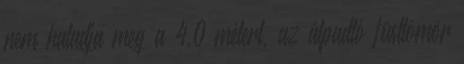
nem haladja meg a 4,0 métert, az álpadló füsttömör